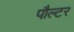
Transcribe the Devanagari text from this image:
पौल्टर